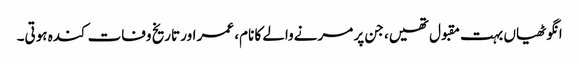
انگوٹھیاں بہت مقبول تھیں، جن پر مرنےوالے کا نام، عمر اور تاریخ وفات کندہ ہوتی۔